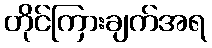
တိုင်ကြားချက်အရ